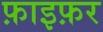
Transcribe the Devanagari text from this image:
फ़ाइफ़र